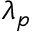
\lambda _ { p }